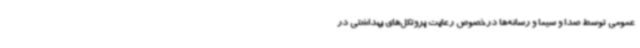
عمومی توسط صدا و سیما و رسانه‌ها درخصوص رعایت پروتکل‌های بهداشتی در